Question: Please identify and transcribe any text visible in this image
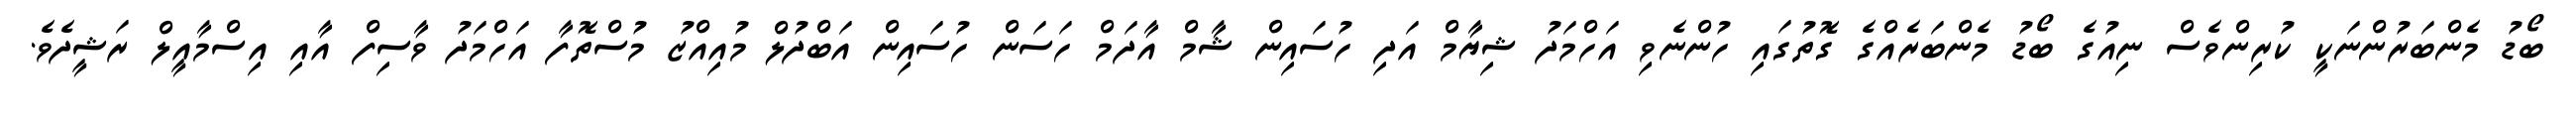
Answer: ބޯޑު މެންބަރުންނަކީ ކުރިންވެސް ނިއުގެ ބޯޑު މެންބަރެއްގެ ގޮތުގައި ހުންނެވި އަހްމަދު ޝިޔާމް އަދި ހުސައިން ޝާމް އާދަމް ހަސަން ހުސައިން އަބްދުލް މުއިއްޒު މުސްތޮފާ އަހްމަދު ވާސިފް އާއި އިސްމާއީލް ރަޝީދެވެ.